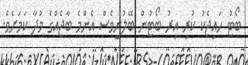
ބޯޓު ހައިޖެކު ކުރި އިރު ބޯޓުން ބޭލުނީވެސް އެންމެ ބާޖެއްގެ މުދާ ކަމަށެވެ.